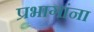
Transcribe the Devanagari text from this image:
प्रभागांना